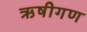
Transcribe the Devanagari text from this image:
ऋषीगण